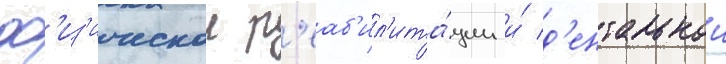
ф'из'ическои р'еаб'ил'ита́ции и́ д'ентальнои